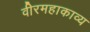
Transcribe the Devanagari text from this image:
वीरमहाकाव्य